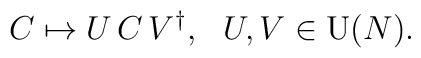
C\mapsto U\,C\,V^\dagger, \ \ U, V \in {\rm U}(N).